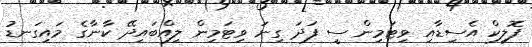
ފޮލިކް އެސިޑާއި ވިޓަމިން ސީ ފަދަ ގިނަ ވިޓަމިން ލިއްބައިދޭ ކާނާގެ މައިގަނޑު